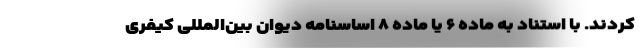
کردند. با استناد به ماده ۶ یا ماده ۸ اساسنامه دیوان بین‌المللی کیفری